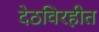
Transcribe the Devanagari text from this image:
देठविरहीत